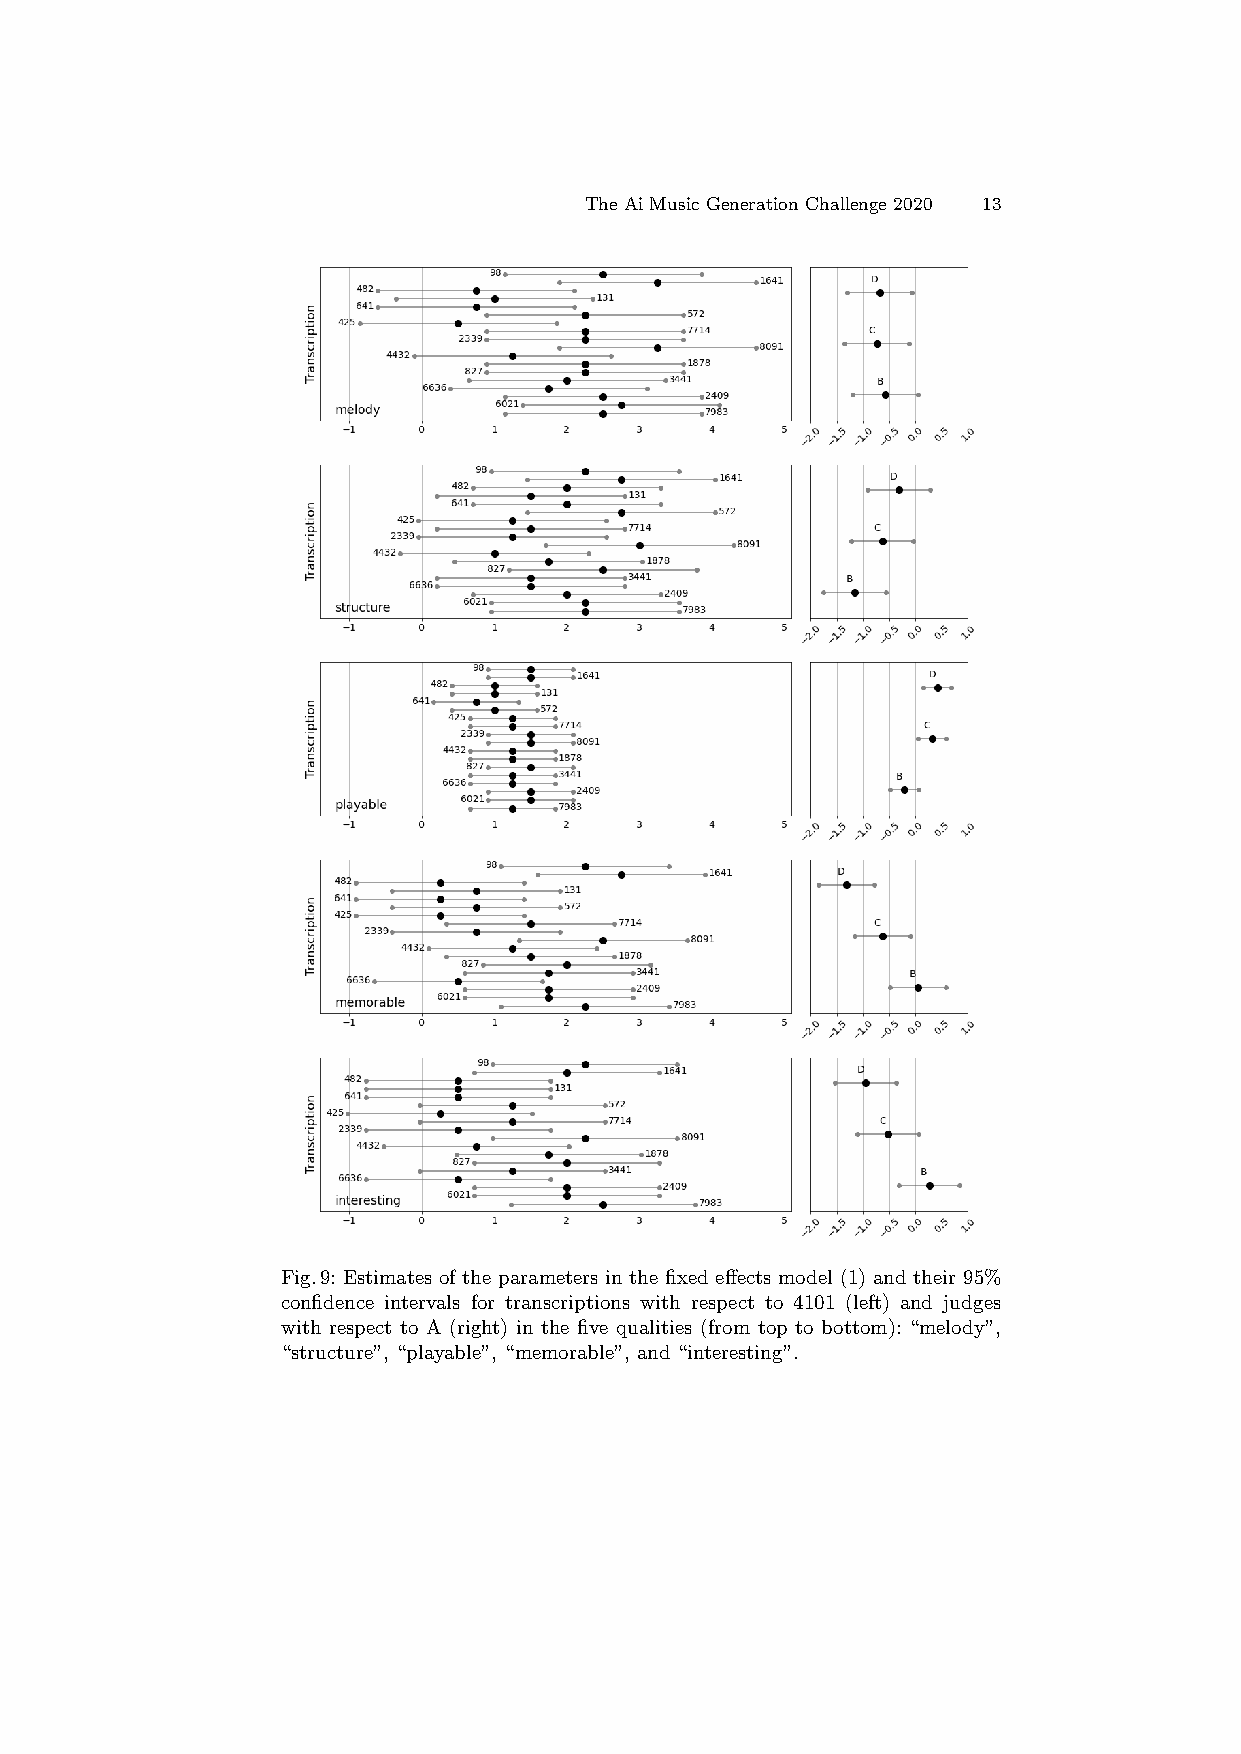
The Ai Music Generation Challenge 2020 13
 Fig.9: Estimates of the parameters in the fixed effects model (1) and their 95%
 confidence intervals for transcriptions with respect to 4101 (left) and judges
 with respect to A (right) in the five qualities (from top to bottom): “melody”,
 “structure”, “playable”, “memorable”, and “interesting”.